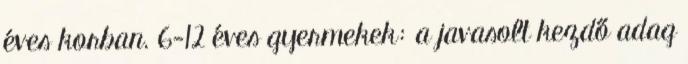
éves korban. 6-12 éves gyermekek: a javasolt kezdő adag